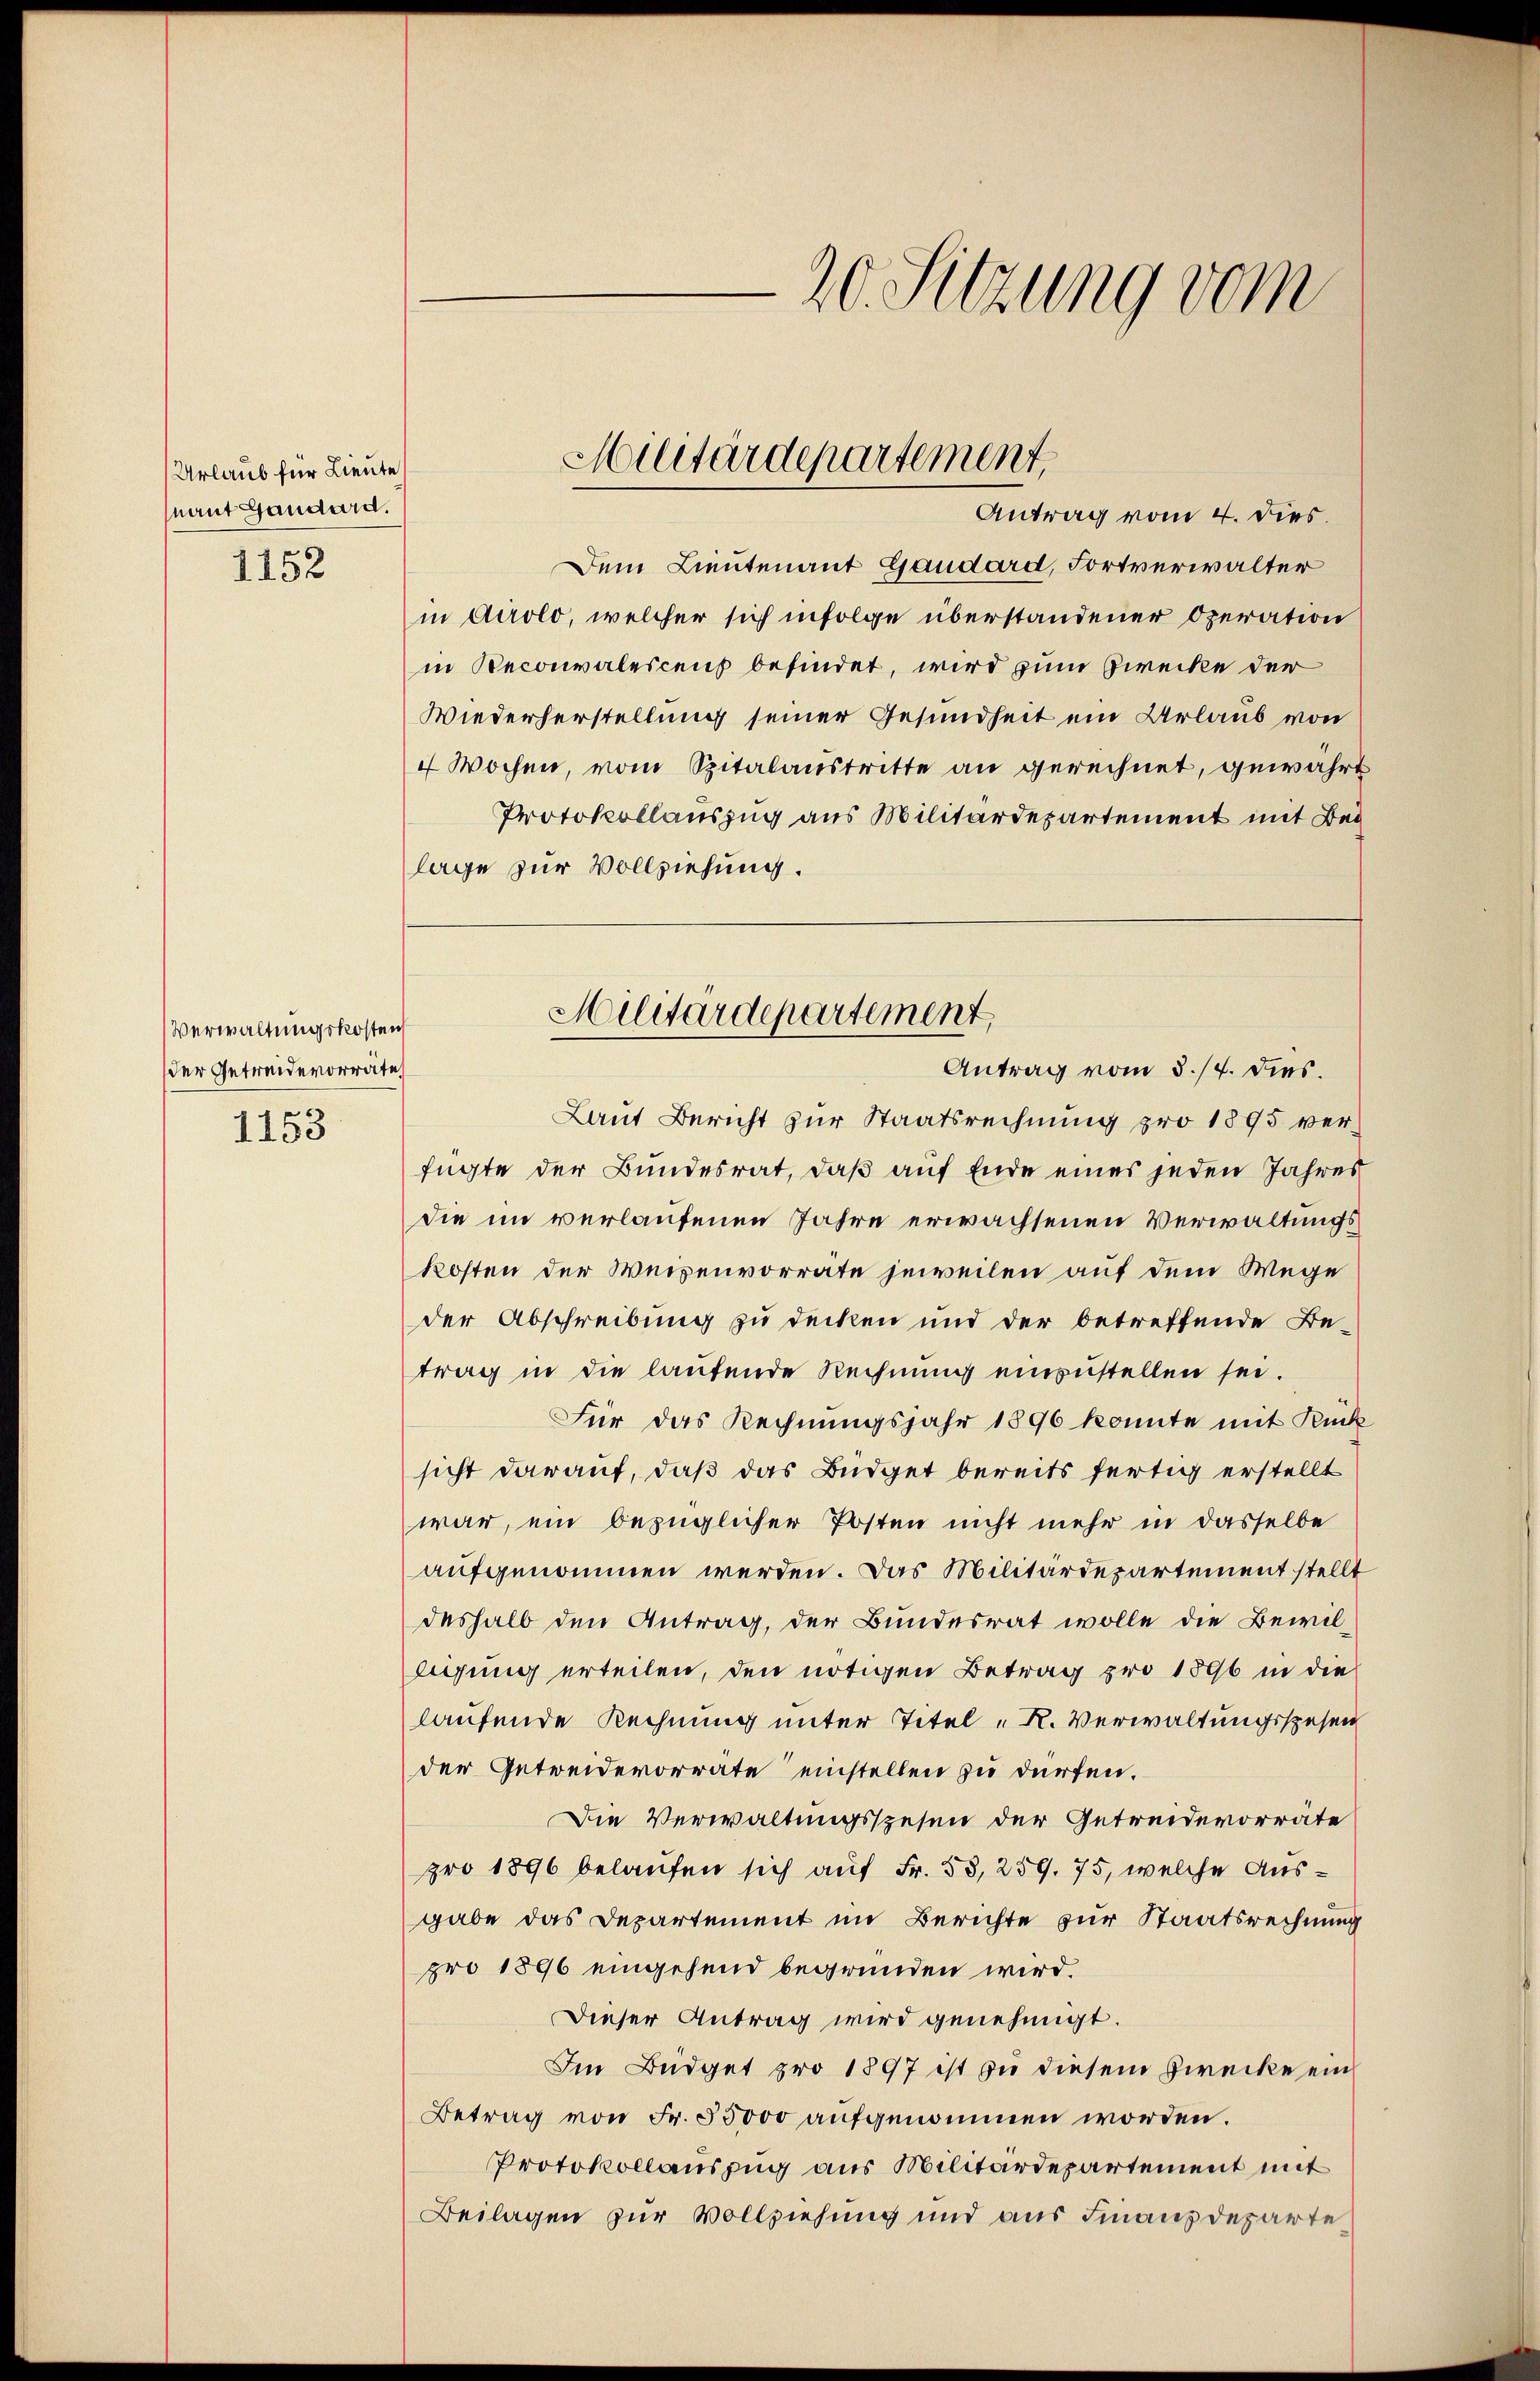
Urlaub für Lieute
nant Gaudard.
1152

Verwaltungskosten
der Getreidevorräte,

1153

-20. Sitzung vom

Militärdepartement
Antrag vom 4. dies.

Dem Lieutenant Gaudard, Fortverwalter
in Airolo, welcher sich infolge überstandener Operation
in Reconvalescens befindet, wird zum Zwecke der
Wiederherstellung seiner Gesundheit ein Urlaub von
4 Wochen, vom Spitalaustritte an gerechnet, gewährt
Protokollauszug aus Militärdepartement mit Bei
lage zur Vollziehung.

Laut Bericht zur Staatsrechnung pro 1895 verfügte der Bundesrat, daß auf Ende eines jeden Jahres
die im verlaufenen Jahre erwachsenen Verwaltungskosten der Weisenvorrate jeweilen auf dem Wege
der Abschreibung zu decken und der betreffende Be-
trag in die laufende Rechnung einzustellen sei.
Für das Rechnungsjahr 1896 konnte mit Rück
sicht darauf, daß das Büdget bereits fertig erstellt
war, ein bezüglicher Posten nicht mehr in dasselbe
aufgenommen werden. Das Militärdepartement stellt
deshalb den Antrag, der Bundesrat wolle die Bewilligung erteilen, den nötigen Betrag pro 1896 in die
laufende Rechnung unter Titel-R. Verwaltungsspesen
der Getreidevorrate einstellen zu dürfen.
Die Verwaltungsspesen der Getreidevorrate
pro 1896 belaufen sich auf Fr. 53, 259. 75, welche Ausgabe das Departement im Berichte zur Staatsrechnung
pro 1896 eingehend begründen wird.
Dieser Antrag wird genehmigt.
Im Büdget pro 1897 ist zu diesem Zwecke ein
Betrag von Fr. 55000 aufgenommen worden.
Protokollauszug aus Militärdepartement mit
Beilagen zur Vollziehung und aus Finanzdeparte

Milwärdepartement
Antrag vom 3./4. dies.